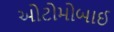
ઓટોમોબાઈ